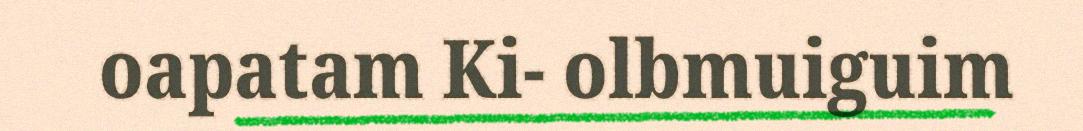
oapatam Ki- olbmuiguim